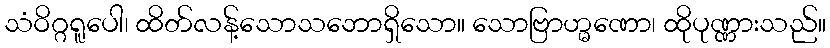
သံဝိဂ္ဂရူပေါ၊ ထိတ်လန့်သောသဘောရှိသော။ သောဗြာဟ္မဏော၊ ထိုပုဏ္ဏားသည်။